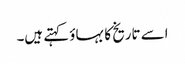
اسے تاریخ کا بہاؤ کہتے ہیں۔